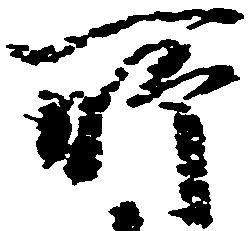
所